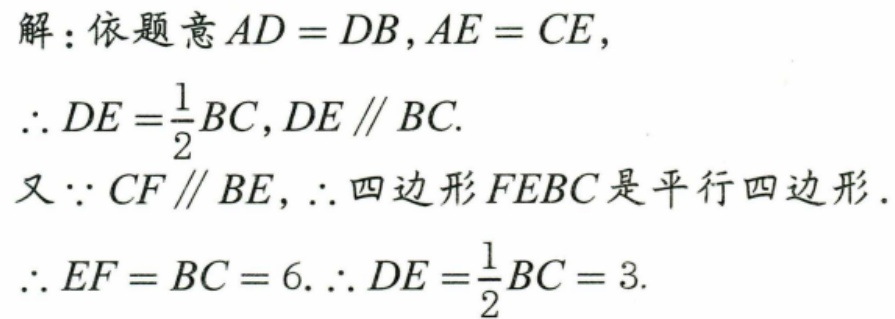
解：依题意\(AD = DB,AE = CE\)，
\(\therefore DE=\frac{1}{2}BC,DE\parallel BC\).
又\(\because CF\parallel BE\)，\(\therefore\)四边形\(FEBC\)是平行四边形.
\(\therefore EF = BC = 6.\therefore DE=\frac{1}{2}BC = 3\).